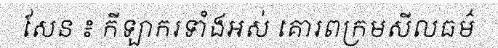
សែន ៖ កីឡាករទាំងអស់ គោរពក្រមសីលធម៌